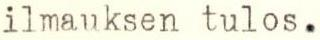
ilmauksen tulos.